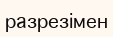
разрезімен